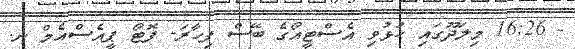
- 16:26 މިލަދޫގައި ހުޅުވި އެސްޓީއޯގެ ބޭސް ފިހާރަ- ފޮޓޯ ޕީއެސްއެމް ނ.